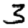
Digit: 3